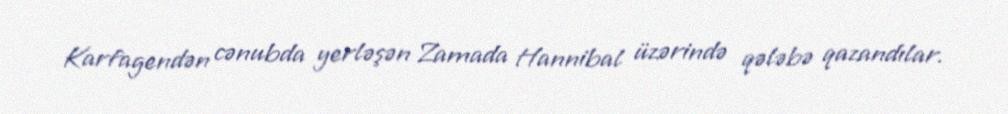
Karfagendən cənubda yerləşən Zamada Hannibal üzərində qələbə qazandılar.